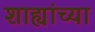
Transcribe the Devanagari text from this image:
शाह्यांच्या